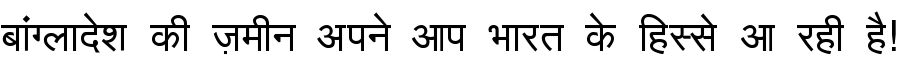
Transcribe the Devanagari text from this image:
बांग्लादेश की ज़मीन अपने आप भारत के हिस्से आ रही है!